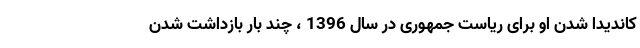
کاندیدا شدن او برای ریاست جمهوری در سال 1396 ، چند بار بازداشت شدن